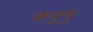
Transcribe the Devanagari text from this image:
क्रतुषु